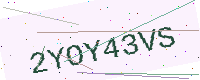
Text: 2YOY43VS